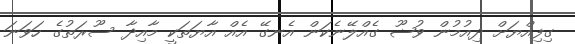
ގިފިއްޔަށް ދިއުމުން ވުޟޫ ގެއްލޭނެކަން އެނގޭ އެއް އާޔަތަކީ މާއިދާ ސޫރަތުގެ ހަވަނަ